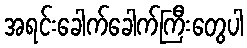
အရင်းခေါက်ခေါက်ကြီးတွေပါ